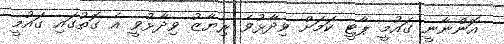
އޮންނާނީ ގައުމީ ޕާޓީ ކަމަށް ވިދާޅުވެ ރިޔާޒު ވިދާޅުވީ އެ ގޮތުގައި ގައުމީ